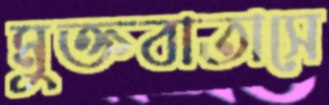
মুক্তবাতাসে